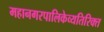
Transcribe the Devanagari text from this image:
महानगरपालिकेव्यतिरिक्त